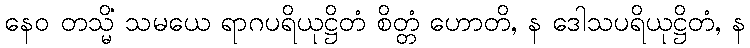
နေဝ တသ္မိံ သမယေ ရာဂပရိယုဋ္ဌိတံ စိတ္တံ ဟောတိ, န ဒေါသပရိယုဋ္ဌိတံ, န